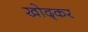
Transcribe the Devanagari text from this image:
खोद्कर